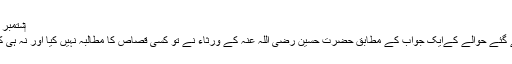
‏ستمبر 24، 2018 #6
اور آپ کے دئیے گئے حوالے کےایک جواب کے مطابق حضرت حسین رضی اللہ عنہ کے ورثاء نے تو کسی قصاص کا مطالبہ نہیں کیا اور نہ ہی کوئی شکایت کی ۔